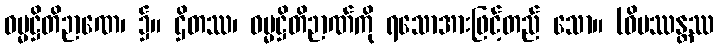
ဓမ္မဋ္ဌိတိဉာဏေ၊ ၌။ ဌိတဿ၊ ဓမ္မဋ္ဌိတိဉာဏ်ကို ရသောအားဖြင့်တည် သော။ (ဝိပဿန္တဿ